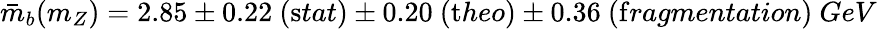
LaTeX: \bar{m}_{b}(m_{Z})=2.85\pm 0.22~({\mathrm stat})\pm 0.20~({\mathrm theo})\pm 0.36~({\mathrm fragmentation})~GeV